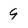
Character: 9